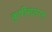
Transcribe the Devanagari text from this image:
कृषीसलग्न